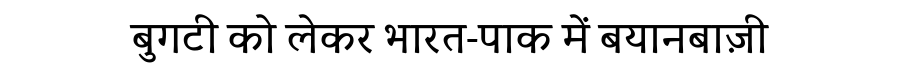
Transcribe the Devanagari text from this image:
बुगटी को लेकर भारत-पाक में बयानबाज़ी